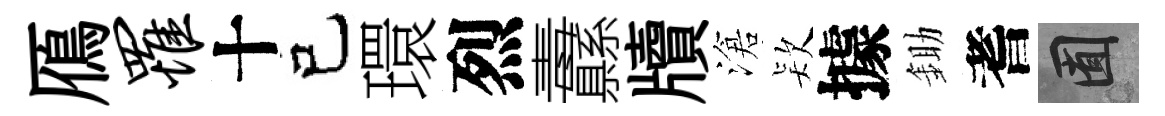
鴈罹十己環烈纛牘滄𣣇據鋤耆囿